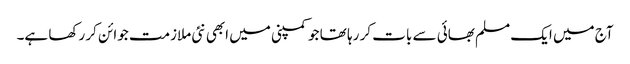
آج میں ایک مسلم بھائی سے بات کر رہا تھا جو کمپنی میں ابھی نئی ملازمت جوائن کر رکھا ہے۔